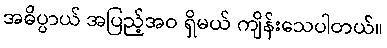
အဓိပ္ပာယ် အပြည့်အဝ ရှိမယ် ကျိန်းသေပါတယ်။